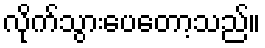
လိုက်သွားပေတော့သည်။